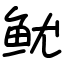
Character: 鱿